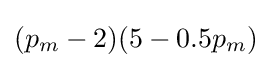
(p_{m}-2)(5-0.5p_{m})